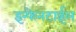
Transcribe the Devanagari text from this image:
इन्फेनटाईल